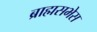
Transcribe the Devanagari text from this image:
ब्राह्मसभेस